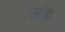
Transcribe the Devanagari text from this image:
लहँब्रा